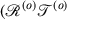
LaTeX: ( \mathcal { R } ^ { \left( o \right) } \mathcal { T } ^ { \left( o \right) }